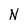
Character: N